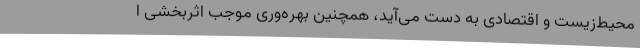
محیط‌زیست و اقتصادی به دست می‌آید، همچنین بهره‌وری موجب اثربخشی ا